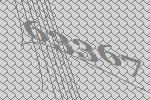
63367